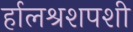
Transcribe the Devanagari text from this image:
र्हालश्रशपशी